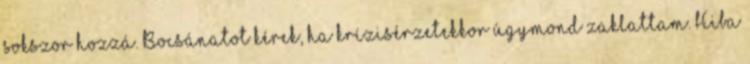
sokszor hozzá. Bocsánatot kérek, ha krízisérzetekkor úgymond zaklattam. Hiba